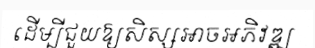
ដើម្បីជួយឱ្យសិស្សអាចអភិវឌ្ឍ